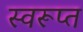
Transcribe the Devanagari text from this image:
स्वरूप्त